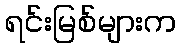
ရင်းမြစ်များက